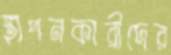
স্থাপনকারীদের